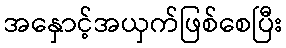
အနှောင့်အယှက်ဖြစ်စေပြီး